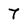
Character: 7